Materia medica of Madras volume I
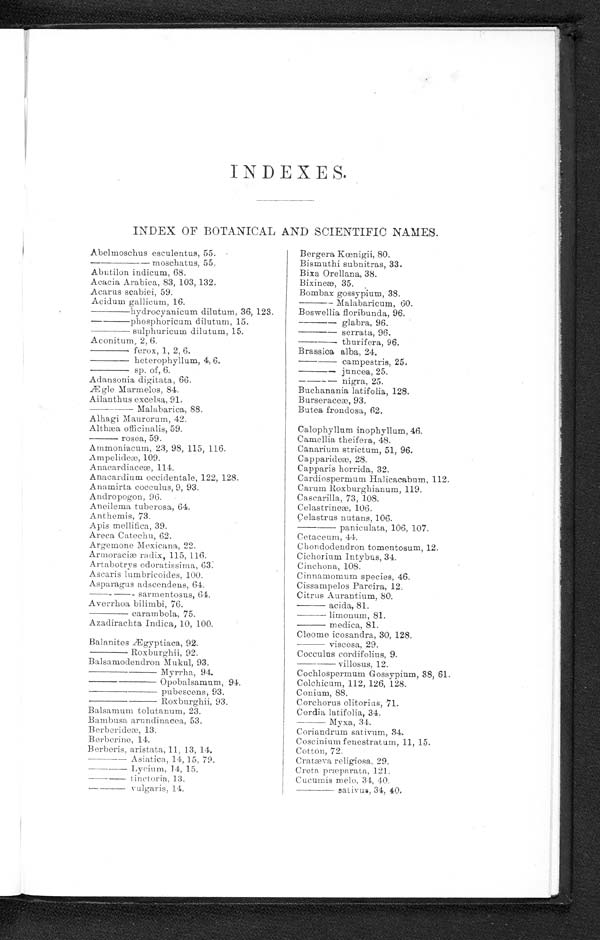
INDEXES.
INDEX OF BOTANICAL AND SCIENTIFIC NAMES.
Abelmoschus esculentus, 55.
——————moschatus, 55
.
Abutilon indicum, 68.
Acacia Arabica, 83, 103, 132.
Acarus scabiei, 59.
Acidum gallicum, 16.
——————hydrocyanicum dilutum, 36, 123.
——————phosphoricum dilutum, 15.
—————— sulphuricum dilutum, 15.
Aconitum, 2, 6.
—————— ferox, 1, 2, 6.
—————— heterophyllum, 4,6.
—————— sp. of, 6.
Adansonia digitata, 66.
Ægle Marmelos, 84.
Ailanthus excelsa, 91.
Malabarica, 88.
Alhagi Maurorum, 42.
Althæa officinalis, 59.
—————— rosea, 59.
Ammoniacum, 23, 98, 115, 116.
Ampelideæ, 109.
Anacardiaceæ, 114.
Anacardium occidentale, 122, 128.
Anamirta cocculus, 9, 93.
Andropogon, 96.
Aneilema tuberosa, 64.
Anthemis, 73.
Apis mellifica, 39.
Areca Catechu, 62.
Argemone Mexicana, 22.
Armoraciæ radix, 115, 116.
Artabotrys oratissima,
63.
Ascaris lumbricoides, 100.
Asparagus adseendens, 64.
——————sarmentosus, 64.
Averrhoa bilimbi, 76.
—————— carambola, 75.
Azadirachta Indica, 10, 100.
Balanites Ægyptiaca, 92.
—————— Roxburghii, 92.
Balsamodendron Mukul, 93.
——————Myrrha, 94
——————Opobalsamum, 94.
——————pubescens, 93.
——————Roxburghii, 93.
——————Balsamum tolutanum, 23.
Bambusa arundinacea, 53.
Berberideæ, 13.
Berberine, 14.
Berberis, aristata, 11, 13, 14.
—————— A si at i ca, 14, 15, 79.
—————— Lyci um, 14, 15.
— — — — — — t i n c t o r i n .
13.
— — — — — — v u l g a r i s , 1 4 .
Bergera Kænigii, 80.
Bismuthi subnitras, 33.
Bixa Orellana, 38.
Bixineæ, 35.
Bombax gossypium, 38.
—————— Malabaricum, 60.
Boswellia floribunda, 96.
——————glabra, 96.
——————serrata, 96.
——————thurifera, 96.
Brassioa alba, 24.
——————campestris, 25.
——————juncea, 25.
——————nigra, 25.
Buchanania latifolia, 128.
B urser aceæ, 93.
Butea frondosa, 62.
Calophyllum inophyllum, 46.
Camellia theifera, 48.
Canarium strictum, 51, 96.
Capparideæ, 28.
Capparis horrida, 32.
Cardiespermum Halicacabum, 112.
Carom Roxburghianum, 119.
Cascarilla, 73, 108.
Celastrineæ, 106.
Celastrus nutans, 106.
——————paniculata, 106, 107.
Cetaceum, 44.
Chondodendron tomentosum, 12.
Cichorium Intybus, 34.
Cinchona, 108.
Cinnamomum species, 46.
Cissampelos Pareira, 12.
Citrus Aurantium, 80.
——————acida, 81.
——————limonum, 81.
——————medica, 81.
Cleome icosandra, 30, 128.
——————viscosa, 29.
Cocculus cordifolius, 9.
——————villosus, 12.
Cochlospermum Gossypium, 38, 61.
Colchicum, 112, 126, 128.
Conium, 88.
Corchorus olitorias, 71.
Cordia latifolia, 34.
Myxa, 34.
Coriandrum sativum, 34.
Coscinium fenestratum, 11, 15.
Cotton, 72.
Cratæva religiosa, 29.
Creta præparata, 121.
Cucumis melo, 34, 40.
sativus, 34, 40.